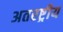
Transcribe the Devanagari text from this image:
अतरष्ट्रीय